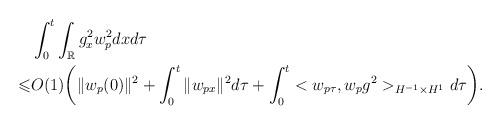
LaTeX: \begin{align*}&\int_0^t\int_\mathbb{R} g_x^2 w_p^2 dxd\tau\\\leqslant& O(1)\bigg(\|w_p(0)\|^2+ \int_0^t \| w_{px}\|^2 d\tau+ \int_0^t <w_{p\tau}, w_p g^2>_{H^{-1}\times H^1}d\tau\bigg).\end{align*}